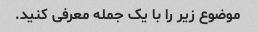
موضوع زیر را با یک جمله معرفی کنید.